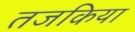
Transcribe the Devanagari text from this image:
तजकिया